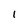
Character: 1